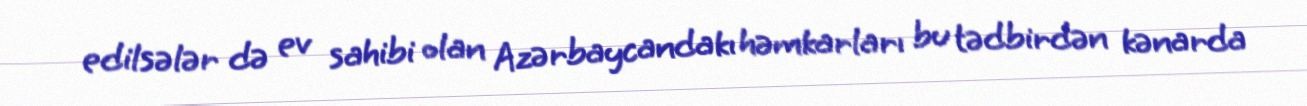
edilsələr də ev sahibi olan Azərbaycandakı həmkarları bu tədbirdən kənarda